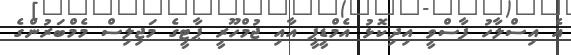
އެ އިސްލާހު ފާސްވީ އިދިކޮޅު އެމްޑީޕީ އާއި ޖުމްހޫރީ ޕާޓީގެ މަޖިލިސް މެމްބަރުންގެ